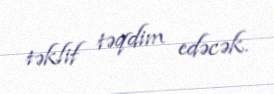
təklif təqdim edəcək.